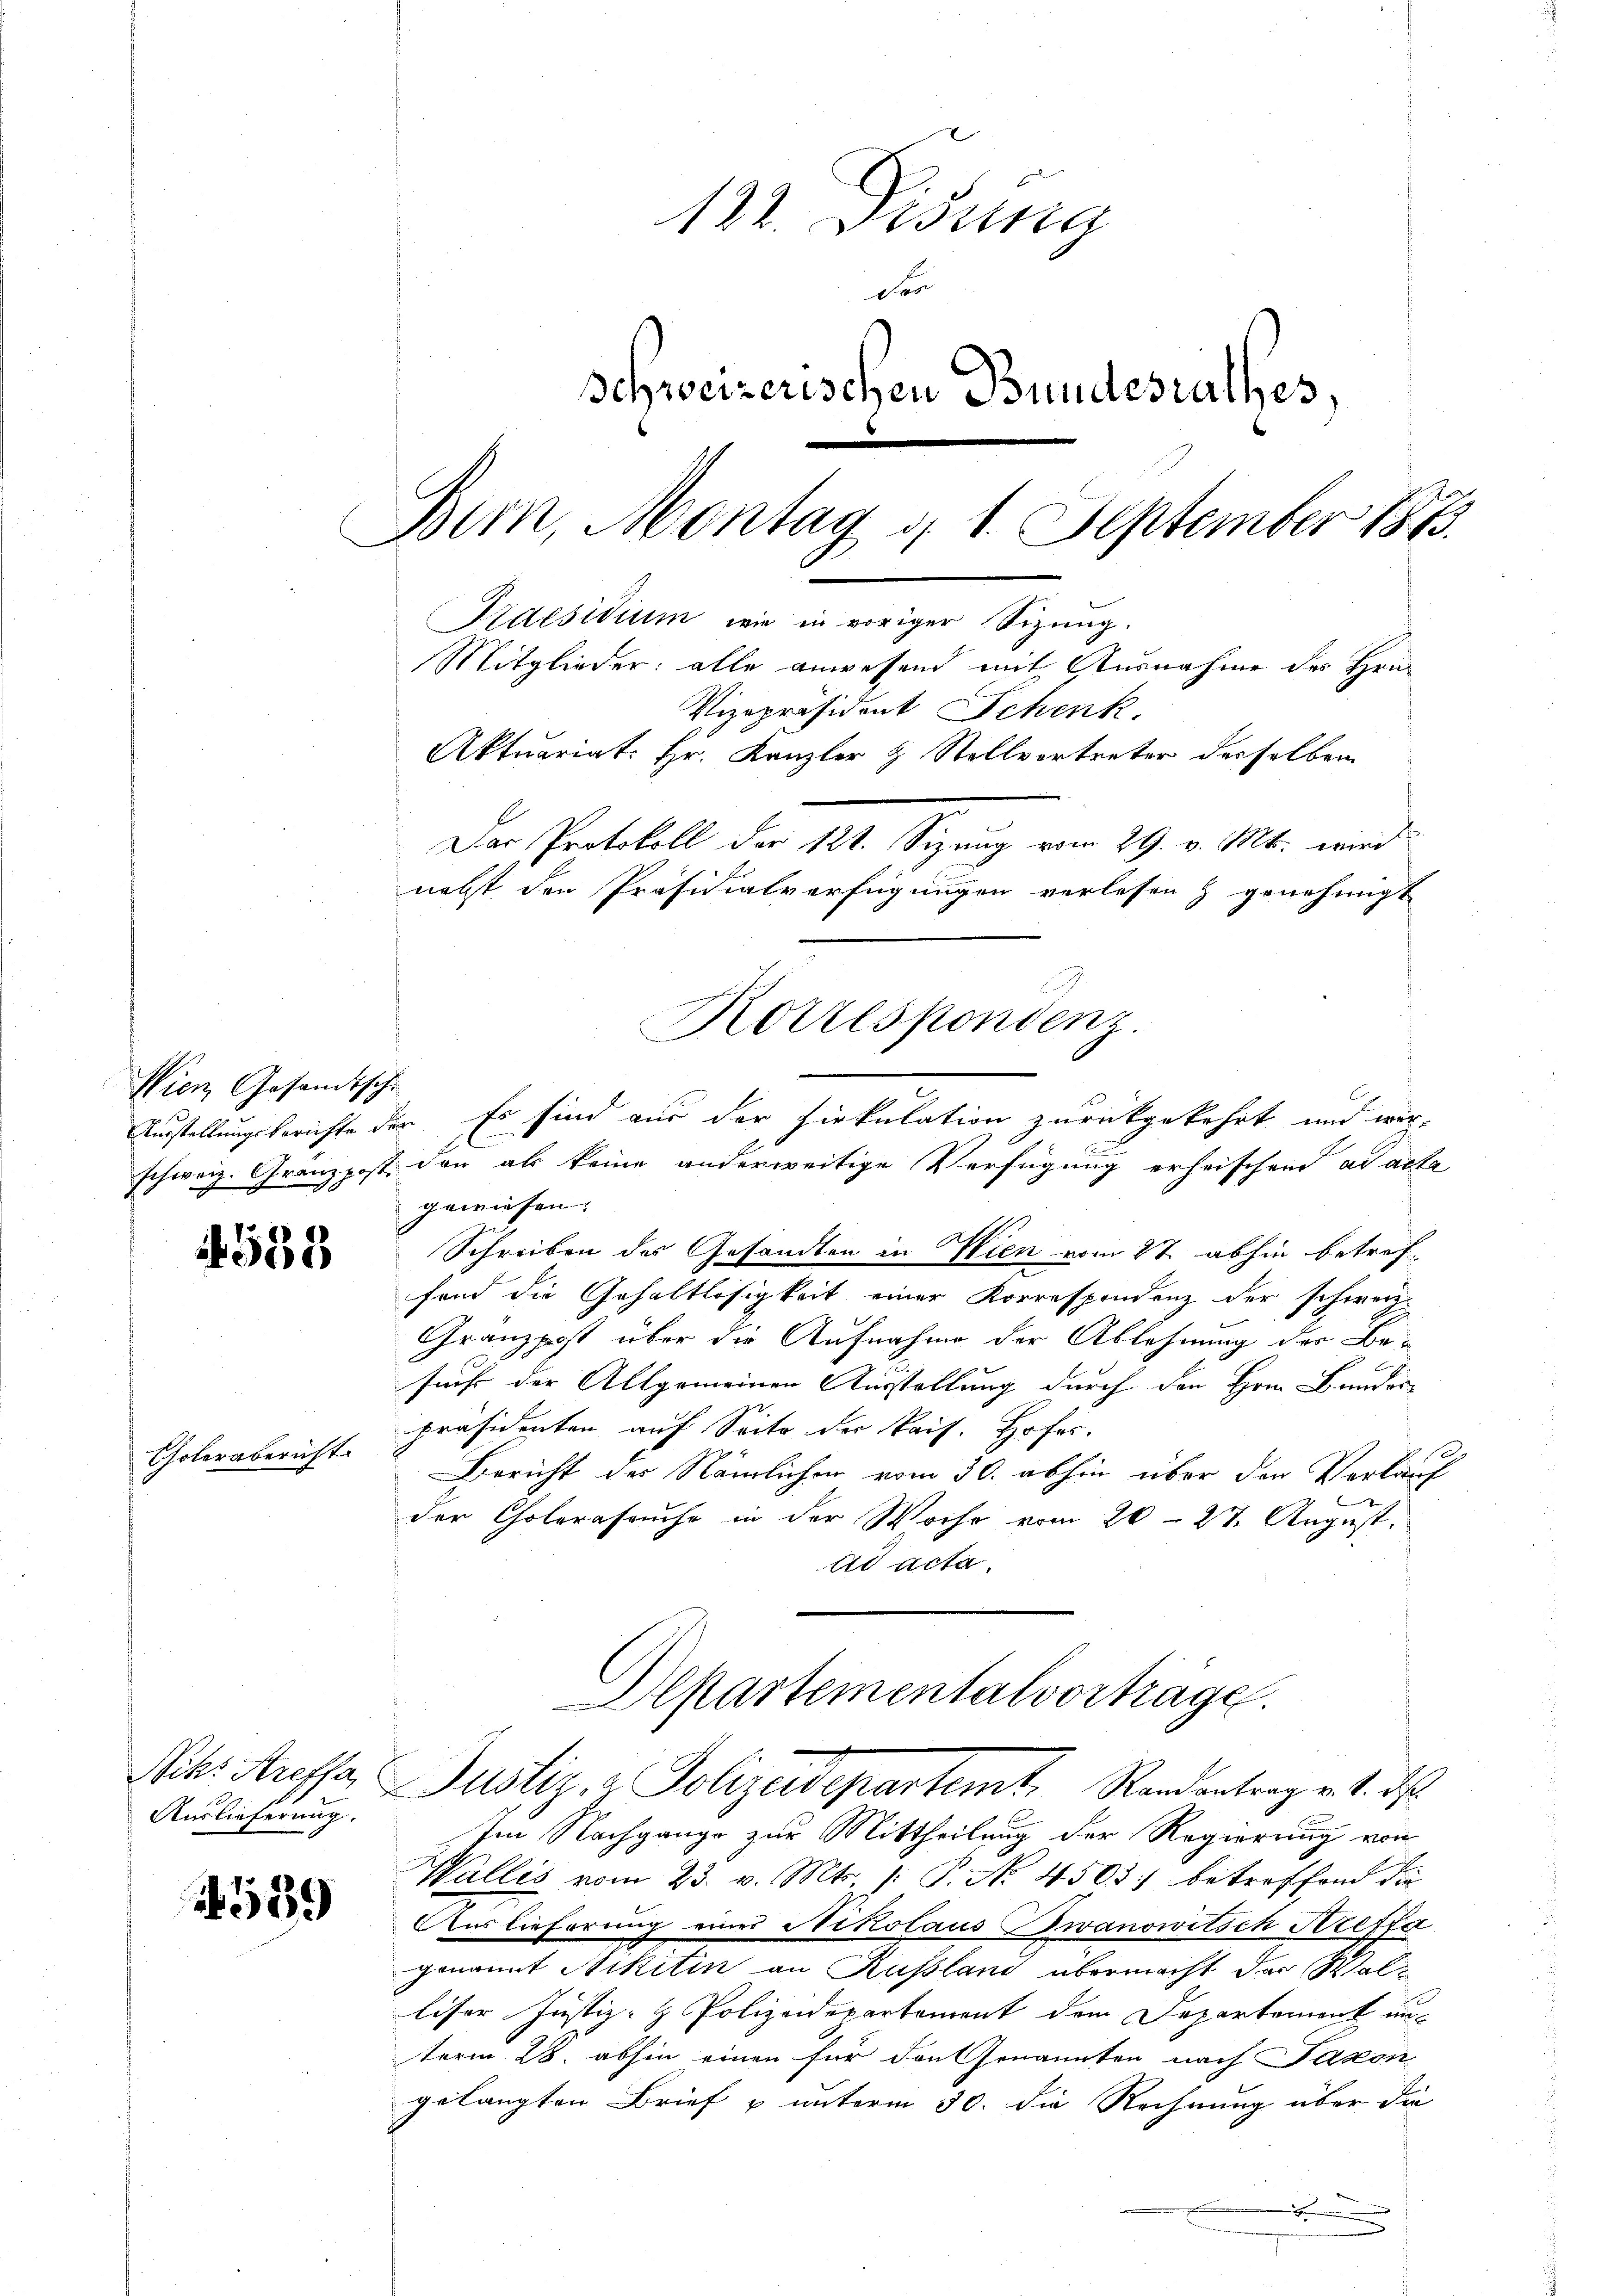
Wien, Gesandtsche

4538

Cholerabericht

Auslieferung.

1539

122. Disung
der
Schweizerischen Bundesrathes,
Bem, Montag d. 1. September 1873.
Kaesidium wie in voriger Sizung.
Mitglieder: alle anwesend mit Ausnahme des Hrn.
Vizepräsident Schenk
Aktuariat: Hr. Kanzler & Stellvortreter derselben
Das Protokoll der 121. Sizung vom 29. v. Mts. wird
necht den Präsidialverfügungen verlesen & genehmigt

Austellungsberichte der Er sind aus der Zirkulation zurückgekehrt und wer-
C
schweiz. Gränzpost den als keine anderweitige Verfügung erheischend ad acta
gewiesen.
Schreiben des Gesandten in Wien vom 27. abhin betref
fond die Gehaltlosigkeit einer Korrespondenz der schweiz.
Gränzpost über die Aufnahme der Ablehnung des Besucht der Allgemeinen Ausstellung durch den Herrn Bunder
präsidenten auf Seite der kais. Hofer.
Bericht des Nämlichen vom 30. abhin über den Verkauf
der Cholerasruhe in der Woche vom 26. 27. August.
ad acta.

Im Nachgange zur Mittheilung der Regierung von
Wallis vom 23. v. Mts. (: P. No. 4503. betreffend die
Auslieferung eines Nikolaus Zwanowitsch Kreffa
genannt Mikitin an Russland übermacht der Walliser Justiz- & Polizeidepartement dem Departement unterm 28. abhin einen für den Genannten nach Saxon
gelangten Brief u unterm 30. die Rechnung über die
.

Korrespondenz.

Departementalvorträge.
Nobr. Aressa Justiz- & Polizeidepartemt, Randantrag v. 1. ds.